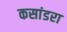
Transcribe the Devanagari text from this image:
कसांडरा